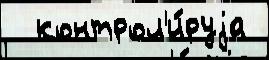
  контрол'и́руjа